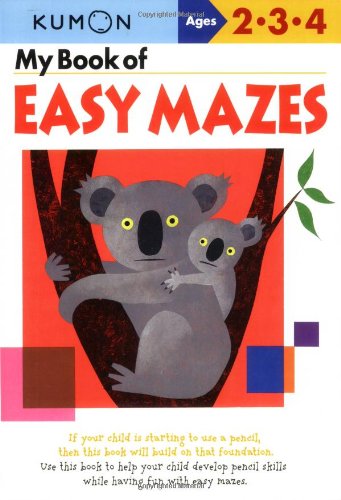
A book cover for My Book of Easy Mazes (Kumon Workbooks); Shinobu Akaishi; Children's Books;